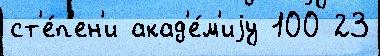
ст'е́п'ен'и акад'е́м'иjу 100 23